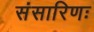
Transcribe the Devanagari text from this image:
संसारिणः